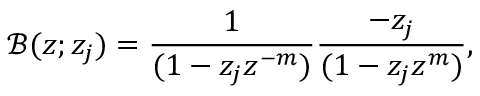
\mathcal { B } ( z ; z _ { j } ) = \frac { 1 } { ( 1 - z _ { j } z ^ { - m } ) } \frac { - z _ { j } } { ( 1 - z _ { j } z ^ { m } ) } ,